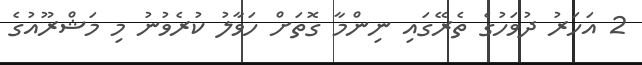
2 އަހަރު ދުވަހުގެ ތެރޭގައި ނިންމާ ގޮތަށް ހަވާލު ކުރެވުނު މި މަޝްރޫއުގެ